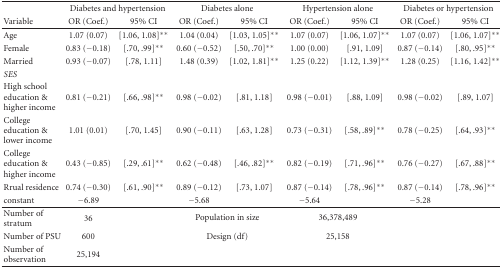
<table><thead><tr><td></td><td colspan="2"><b>Diabetes and hypertension</b></td><td colspan="2"><b>Diabetes alone</b></td><td colspan="2"><b>Hypertension alone</b></td><td colspan="2"><b>Diabetes or hypertension</b></td></tr><tr><td><b>Variable</b></td><td><b>OR (Coef.)</b></td><td><b>95% CI</b></td><td><b>OR (Coef.)</b></td><td><b>95% CI</b></td><td><b>OR (Coef.)</b></td><td><b>95% CI</b></td><td><b>OR (Coef.)</b></td><td><b>95% CI</b></td></tr></thead><tbody><tr><td>Age</td><td>1.07 (0.07)</td><td>[1.06, 1.08]**</td><td>1.04 (0.04)</td><td>[1.03, 1.05]**</td><td>1.07 (0.07)</td><td>[1.06, 1.07]**</td><td>1.07 (0.07)</td><td>[1.06, 1.07]**</td></tr><tr><td>Female</td><td>0.83 (−0.18)</td><td>[.70, .99]**</td><td>0.60 (−0.52)</td><td>[.50, .70]**</td><td>1.00 (0.00)</td><td>[.91, 1.09]</td><td>0.87 (−0.14)</td><td>[.80, .95]**</td></tr><tr><td>Married</td><td>0.93 (−0.07)</td><td>[.78, 1.11]</td><td>1.48 (0.39)</td><td>[1.02, 1.81]**</td><td>1.25 (0.22)</td><td>[1.12, 1.39]**</td><td>1.28 (0.25)</td><td>[1.16, 1.42]**</td></tr><tr><td><i>SES</i></td><td></td><td></td><td></td><td></td><td></td><td></td><td></td><td></td></tr><tr><td>High school education &amp; higher income</td><td>0.81 (−0.21)</td><td>[.66, .98]**</td><td>0.98 (−0.02)</td><td>[.81, 1.18]</td><td>0.98 (−0.01)</td><td>[.88, 1.09]</td><td>0.98 (−0.02)</td><td>[.89, 1.07]</td></tr><tr><td>College education &amp; lower income</td><td>1.01 (0.01)</td><td>[.70, 1.45]</td><td>0.90 (−0.11)</td><td>[.63, 1.28]</td><td>0.73 (−0.31)</td><td>[.58, .89]**</td><td>0.78 (−0.25)</td><td>[.64, .93]**</td></tr><tr><td>College education &amp; higher income</td><td>0.43 (−0.85)</td><td>[.29, .61]**</td><td>0.62 (−0.48)</td><td>[.46, .82]**</td><td>0.82 (−0.19)</td><td>[.71, .96]**</td><td>0.76 (−0.27)</td><td>[.67, .88]**</td></tr><tr><td>Rrual residence</td><td>0.74 (−0.30)</td><td>[.61, .90]**</td><td>0.89 (−0.12)</td><td>[.73, 1.07]</td><td>0.87 (−0.14)</td><td>[.78, .96]**</td><td>0.87 (−0.14)</td><td>[.78, .96]**</td></tr><tr><td>constant</td><td>−6.89</td><td></td><td>−5.68</td><td></td><td>−5.64</td><td></td><td>−5.28</td><td></td></tr><tr><td>Number of stratum</td><td>36</td><td></td><td colspan="2">Population in size</td><td colspan="2">36,378,489</td><td></td><td></td></tr><tr><td>Number of PSU</td><td>600</td><td></td><td colspan="2">Design (df)</td><td colspan="2">25,158</td><td></td><td></td></tr><tr><td>Number of observation</td><td>25,194</td><td></td><td></td><td></td><td></td><td></td><td></td><td></td></tr></tbody></table>